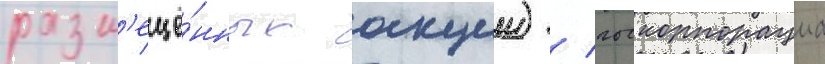
разм'ещё́нных акции) / госкорпорациа